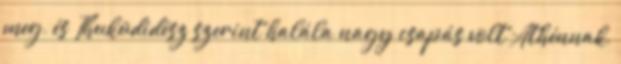
meg, és Thuküdidész szerint halála nagy csapás volt Athénnak,